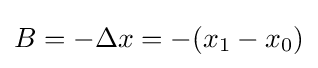
B=-\Delta x=-(x_{1}-x_{0})